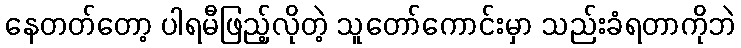
နေတတ်တော့ ပါရမီဖြည့်လိုတဲ့ သူတော်ကောင်းမှာ သည်းခံရတာကိုဘဲ